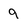
Character: 9